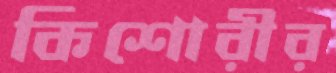
কিশোরীর